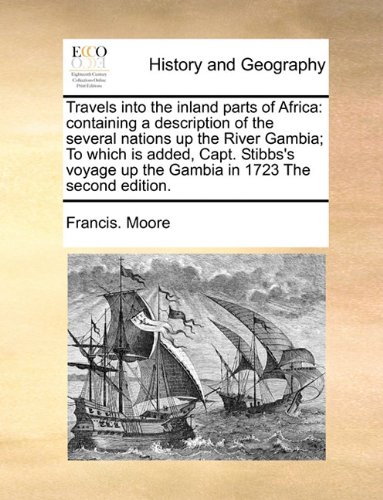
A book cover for Travels into the inland parts of Africa: containing a description of the several nations up the River Gambia; To which is added, Capt. Stibbs's voyage up the Gambia in 1723 The second edition.; Francis. Moore; Travel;